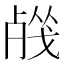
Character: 𣨦